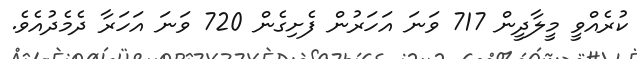
ކުރެއްވީ މީލާދީން 717 ވަނަ އަހަރުން ފެށިގެން 720 ވަނަ އަހަރާ ދެމެދުއެވެ.